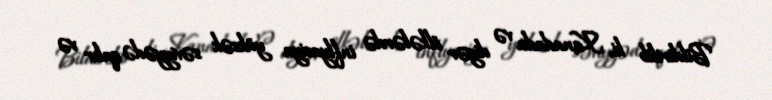
Bildirilib ki, Kanadada və digər ölkələrdə inflyasiya yüksək səviyyədə qalır və